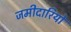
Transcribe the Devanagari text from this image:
जमीदारियो